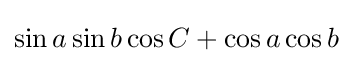
\sin a\sin b\cos C+\cos a\cos b